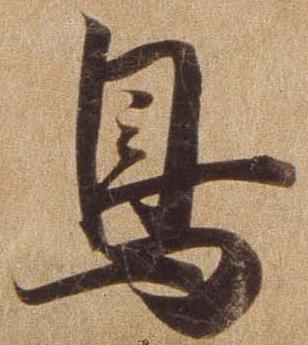
鳥